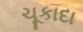
ચૂકાદા